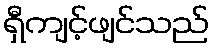
ရှီကျင့်ဖျင်သည်